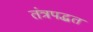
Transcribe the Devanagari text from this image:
तंत्रपद्धत